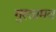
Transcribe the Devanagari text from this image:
गुस्तामव